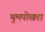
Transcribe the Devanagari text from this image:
थुमपोखरा